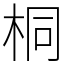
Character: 桐